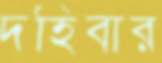
দহিবার